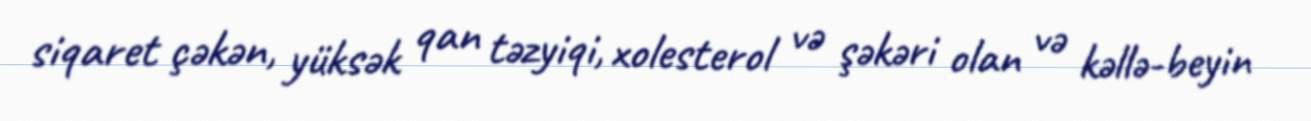
siqaret çəkən, yüksək qan təzyiqi, xolesterol və şəkəri olan və kəllə-beyin